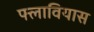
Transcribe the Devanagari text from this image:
फ्लावियास